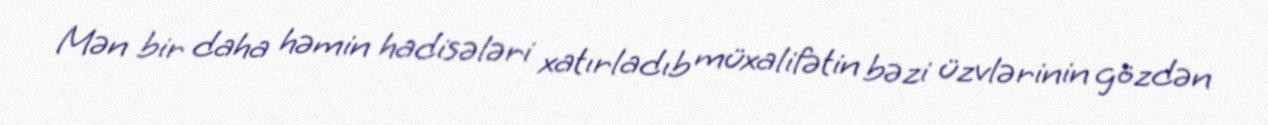
Mən bir daha həmin hadisələri xatırladıb müxalifətin bəzi üzvlərinin gözdən